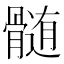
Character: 髄